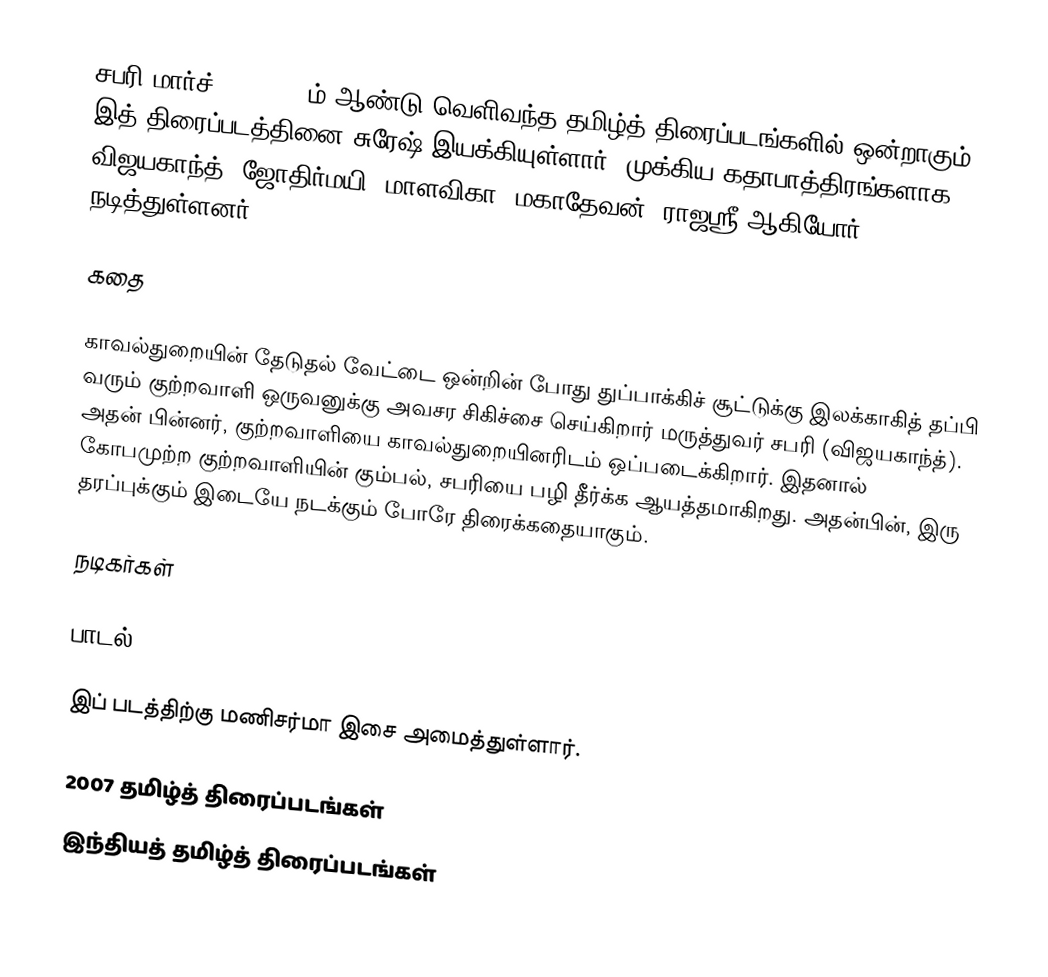
சபரி மார்ச் 20, 2007 ம் ஆண்டு வெளிவந்த தமிழ்த் திரைப்படங்களில் ஒன்றாகும். இத் திரைப்படத்தினை சுரேஷ் இயக்கியுள்ளார். முக்கிய கதாபாத்திரங்களாக விஜயகாந்த், ஜோதிர்மயி, மாளவிகா, மகாதேவன், ராஜஸ்ரீ ஆகியோர் நடித்துள்ளனர்.

கதை

காவல்துறையின் தேடுதல் வேட்டை ஒன்றின் போது துப்பாக்கிச் சூட்டுக்கு இலக்காகித் தப்பி வரும் குற்றவாளி ஒருவனுக்கு  அவசர சிகிச்சை செய்கிறார் மருத்துவர் சபரி (விஜயகாந்த்). அதன் பின்னர், குற்றவாளியை காவல்துறையினரிடம் ஒப்படைக்கிறார். இதனால் கோபமுற்ற குற்றவாளியின் கும்பல், சபரியை பழி தீர்க்க ஆயத்தமாகிறது. அதன்பின், இரு தரப்புக்கும் இடையே நடக்கும் போரே திரைக்கதையாகும்.

நடிகர்கள்

பாடல்

இப் படத்திற்கு மணிசர்மா இசை அமைத்துள்ளார்.

2007 தமிழ்த் திரைப்படங்கள்
இந்தியத் தமிழ்த் திரைப்படங்கள்